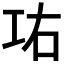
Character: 𰏋